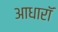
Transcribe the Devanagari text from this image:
आधारॉ